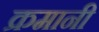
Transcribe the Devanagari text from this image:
क्रमानी